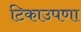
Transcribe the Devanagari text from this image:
टिकाउपणा